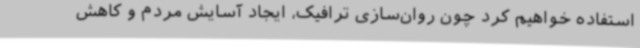
استفاده خواهیم کرد چون روان‌سازی ترافیک، ایجاد آسایش مردم و کاهش